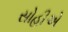
સોહીએ